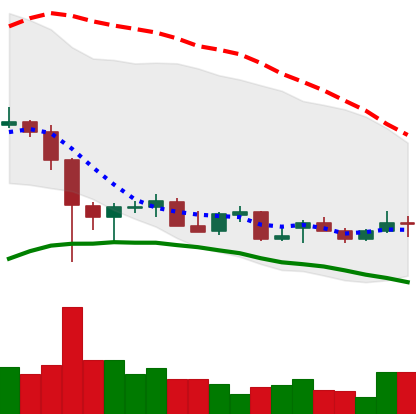
Ticker: LTC-USD
Chart end date: 2021-12-20
Forward return: 3.379%
Label: up_3_5